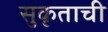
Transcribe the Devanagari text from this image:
सुकृताची